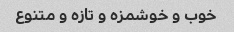
خوب و خوشمزه و تازه و متنوع